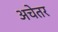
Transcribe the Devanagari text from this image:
अचेतर